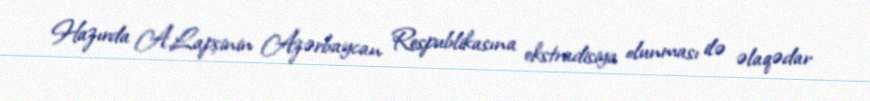
Hazırda A.Lapşinin Azərbaycan Respublikasına ekstradisiya olunması ilə əlaqədar